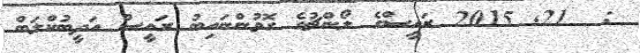
:  21